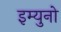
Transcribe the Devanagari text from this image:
इम्युनो